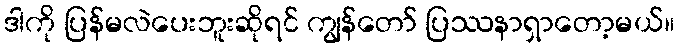
ဒါကို ပြန်မလဲပေးဘူးဆိုရင် ကျွန်တော် ပြဿနာရှာတော့မယ်။